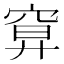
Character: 𥦍